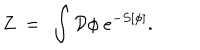
Z \ = \ \int \mathcal { D } \phi \ e ^ { - S [ \phi ] } .